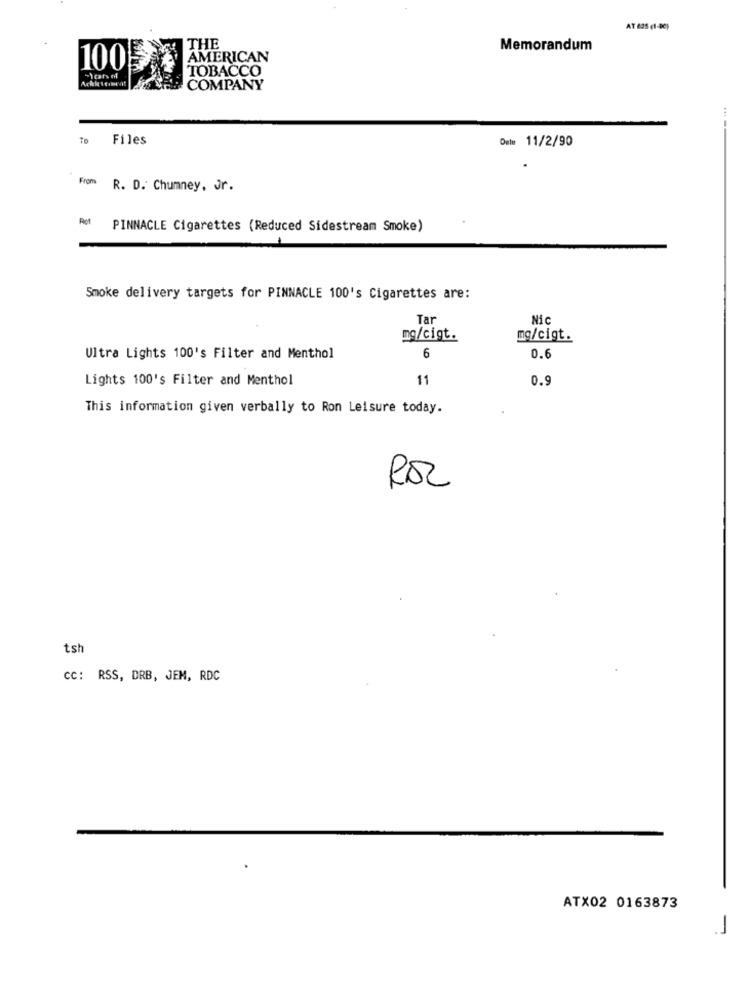
AT 635 (1-80)
THE
Memorandum
AMERICAN
100
TOBACCO
"1cars nf
COMPANY
To
Files
Dele 11/2/90
From
R. D. Chumney, Jr.
Ret
PINNACLE Cigarettes (Reduced Sidestream Smoke)
Smoke delivery targets for PINNACLE 100's Cigarettes are:
Tar
Nic
mg/cigt.
mg/cigt.
6
Ultra Lights 100's Filter and Menthol
0.6
Lights 100's Filter and Menthol
11
0.9
This information given verbally to Ron Leisure today.
tsh
cc: RSS, DRB, JEM, RDC
ATX02 0163873